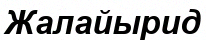
Жалайырид